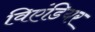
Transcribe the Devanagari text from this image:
विएंडियर